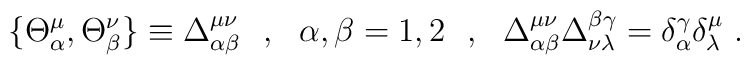
\{\Theta ^\mu _\alpha  ,\Theta ^\nu _\beta \}\equiv\Delta ^{\mu\nu}_{\alpha\beta}~~,~~\alpha ,\beta =1,2~~,~~\Delta ^{\mu\nu}_{\alpha\beta}\Delta _{\nu\lambda}^{\beta\gamma }=\delta _\alpha ^\gamma\delta ^\mu_\lambda~.